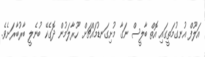
އަލޫފް އުނގުމަތީގައި އޮތް ބާލީސް ނަގާ މުށިގަނޑުމައްޗަށް ހޫރާލަމުން ދޮގެކޭ ބުނެލީ ބާރުބާރަށެވެ.